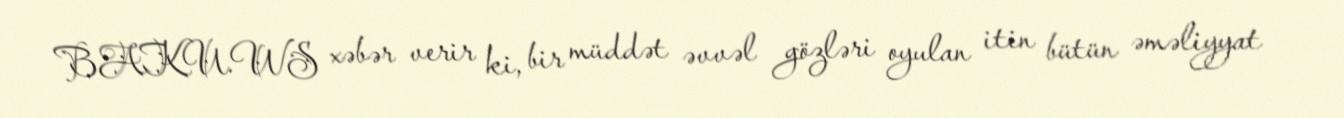
BAKU.WS xəbər verir ki, bir müddət əvvəl gözləri oyulan itin bütün əməliyyat